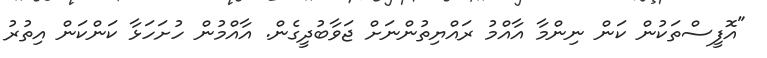
"އޮފީސްތަކުން ކަން ނިންމާ އާއްމު ރައްޔިތުންނަށް ޖަވާބުދީގެން. އާއްމުން ހުށަހަޅާ ކަންކަން އިތުރު